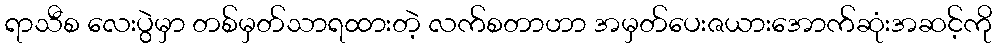
ရာသီစ လေးပွဲမှာ တစ်မှတ်သာရထားတဲ့ လက်စတာဟာ အမှတ်ပေးဇယားအောက်ဆုံးအဆင့်ကို